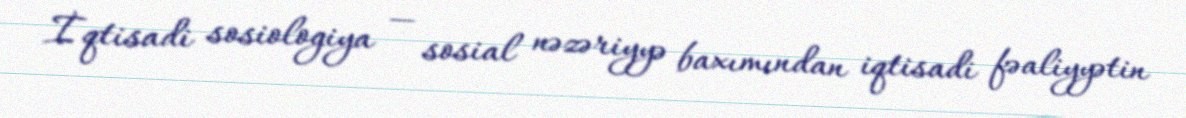
İqtisadi sosiologiya — sosial nəzəriyyə baxımından iqtisadi fəaliyyətin